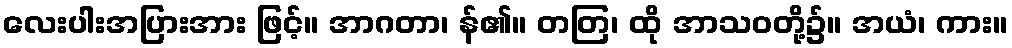
လေးပါးအပြားအား ဖြင့်။ အာဂတာ၊ န်၏။ တတြ၊ ထို အာသဝတို့၌။ အယံ၊ ကား။